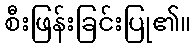
စီးဖြန်းခြင်းပြု၏။